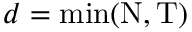
d = \mathrm { m i n } ( \mathrm { N } , \mathrm { T } )